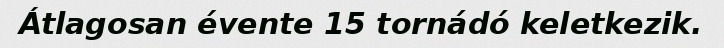
Átlagosan évente 15 tornádó keletkezik.